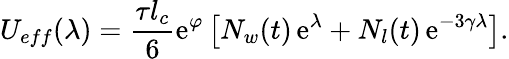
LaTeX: U_{eff}(\lambda)=\frac{\tau l_{c}}{6}\mathrm{e}^{\varphi}\left[N_{w}(t)\, \mathrm{e}^{\lambda}+N_{l}(t)\, \mathrm{e}^{-3\gamma\lambda}\right].